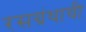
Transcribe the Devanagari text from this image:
रसग्रंथाची